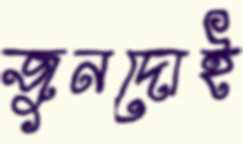
জুনদোই